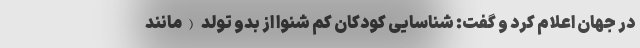
در جهان اعلام کرد و گفت: شناسایی کودکان کم شنوا از بدو تولد (مانند